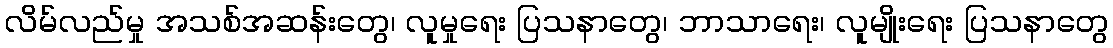
လိမ်လည်မှု အသစ်အဆန်းတွေ၊ လူမှုရေး ပြသနာတွေ၊ ဘာသာရေး၊ လူမျိုးရေး ပြသနာတွေ